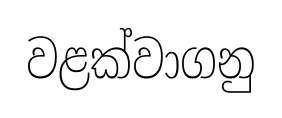
වළක්වාගනු